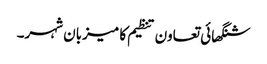
شنگھائی تعاون تنظیم کا میزبان شہر۔